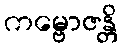
ကမ္ဗောဇန္တိ